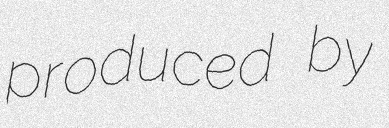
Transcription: produced by